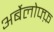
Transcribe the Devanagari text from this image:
अर्बेलोफ्फ़